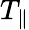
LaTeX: T_{\parallel}